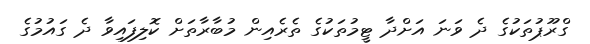
ގްރޫޕުތަކުގެ ދެ ވަނަ އަށްދާ ޓީމުތަކުގެ ތެރެއިން މުބާރާތަށް ކޮލިފައިވާ ދެ ގައުމުގެ